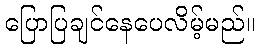
ပြောပြချင်နေပေလိမ့်မည်။